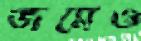
জমেও